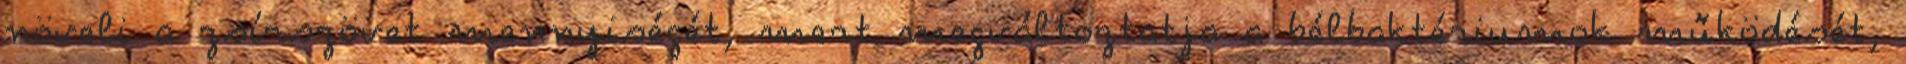
növeli a zsírszövet mennyiségét, mert megváltoztatja a bélbaktériumok működését,